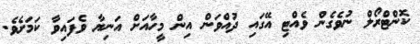
ކޮންޓްރޯލް ނުވެގެން ވެއްޓި އޭގައި ދުއްވަން އިން މީހާއަށް އަނިޔާ ވެފައިވާ ކަމަށެވެ.